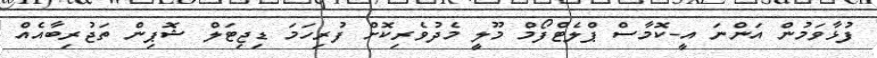
ފުޅާވަމުން އަންނަ އީ-ކޮމާސް ޕްލެޓްފޯމް މޫލީ މެދުވެރިކޮށް ފުރިހަމަ ޑިޖިޓަލް ޝޮޕިން ތަޖުރިބާއެއް